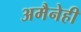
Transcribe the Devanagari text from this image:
अमैनेही